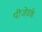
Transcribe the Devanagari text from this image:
पीजेडके